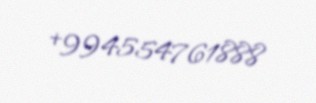
+994554761888